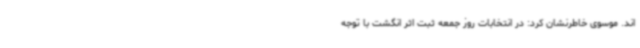
اند. موسوی خاطرنشان کرد: در انتخابات روز جمعه ثبت اثر انگشت با توجه